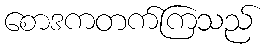
စောဒကတက်ကြသည်